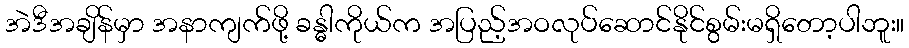
အဲဒီအချိန်မှာ အနာကျက်ဖို့ ခန္ဓါကိုယ်က အပြည့်အဝလုပ်ဆောင်နိုင်စွမ်းမရှိတော့ပါဘူး။